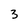
Character: 3